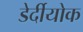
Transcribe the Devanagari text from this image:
डेर्दीयोक